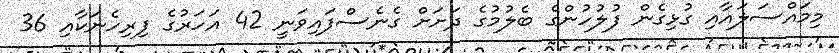
މިމައްސަލައާއި ގުޅިގެން ފުލުހުންގެ ބެލުމުގެ ދަށަށް ގެނެސްފައިވަނީ 42 އަހަރުގެ ފިރިހެނަކާއި 36